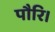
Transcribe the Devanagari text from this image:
पौरि।